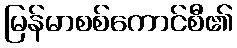
မြန်မာစစ်ကောင်စီ၏